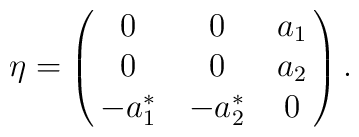
\eta = \pmatrix{   0   &    0    & a_1 \cr                    0   &    0    & a_2  \cr                 -a^*_1 & -a^*_2  &  0}.